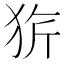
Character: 𤞆